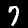
Label: 7